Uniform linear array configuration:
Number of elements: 12
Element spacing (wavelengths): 0.75
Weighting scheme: blackman
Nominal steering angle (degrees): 45
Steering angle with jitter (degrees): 46.516
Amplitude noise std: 0.05
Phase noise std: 0.05

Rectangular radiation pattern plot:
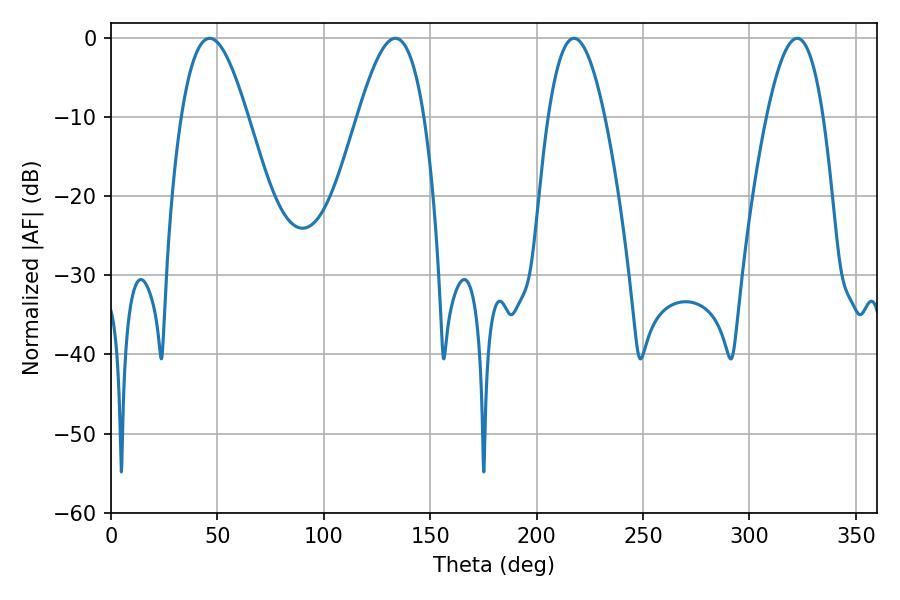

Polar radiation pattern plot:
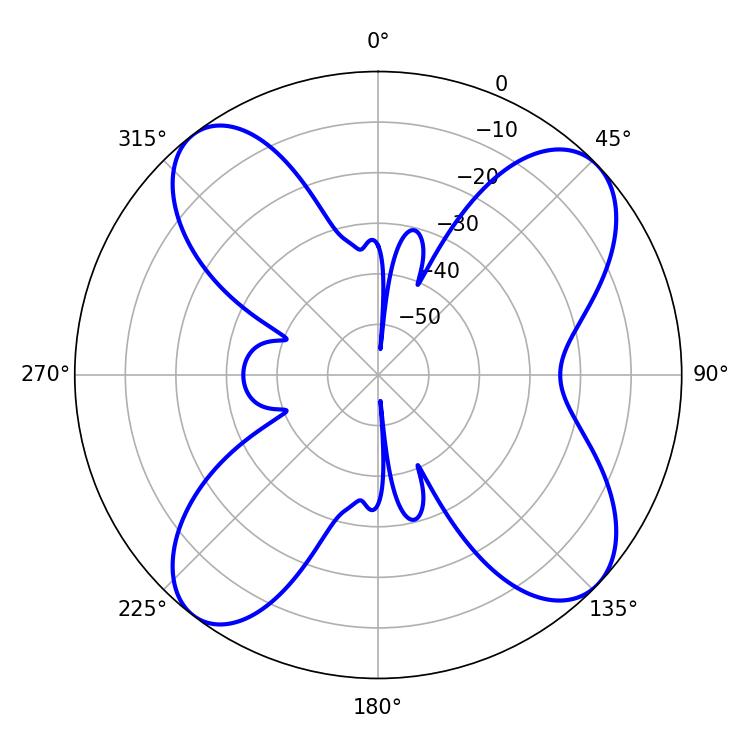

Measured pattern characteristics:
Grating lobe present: TRUE
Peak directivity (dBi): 11.601
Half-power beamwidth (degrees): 14.58
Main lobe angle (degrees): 322.38